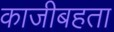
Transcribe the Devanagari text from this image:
काजीबहता